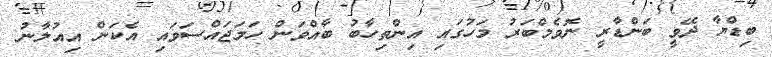
ބިޑްޔާ ދޭވީ ބަންޑާރީ ނޮވެމްބަރު މަހުގައި އިންތިހާބު ބާއްވަން ހަމަޖައްސަވައި އެކަން އިއުލާނު